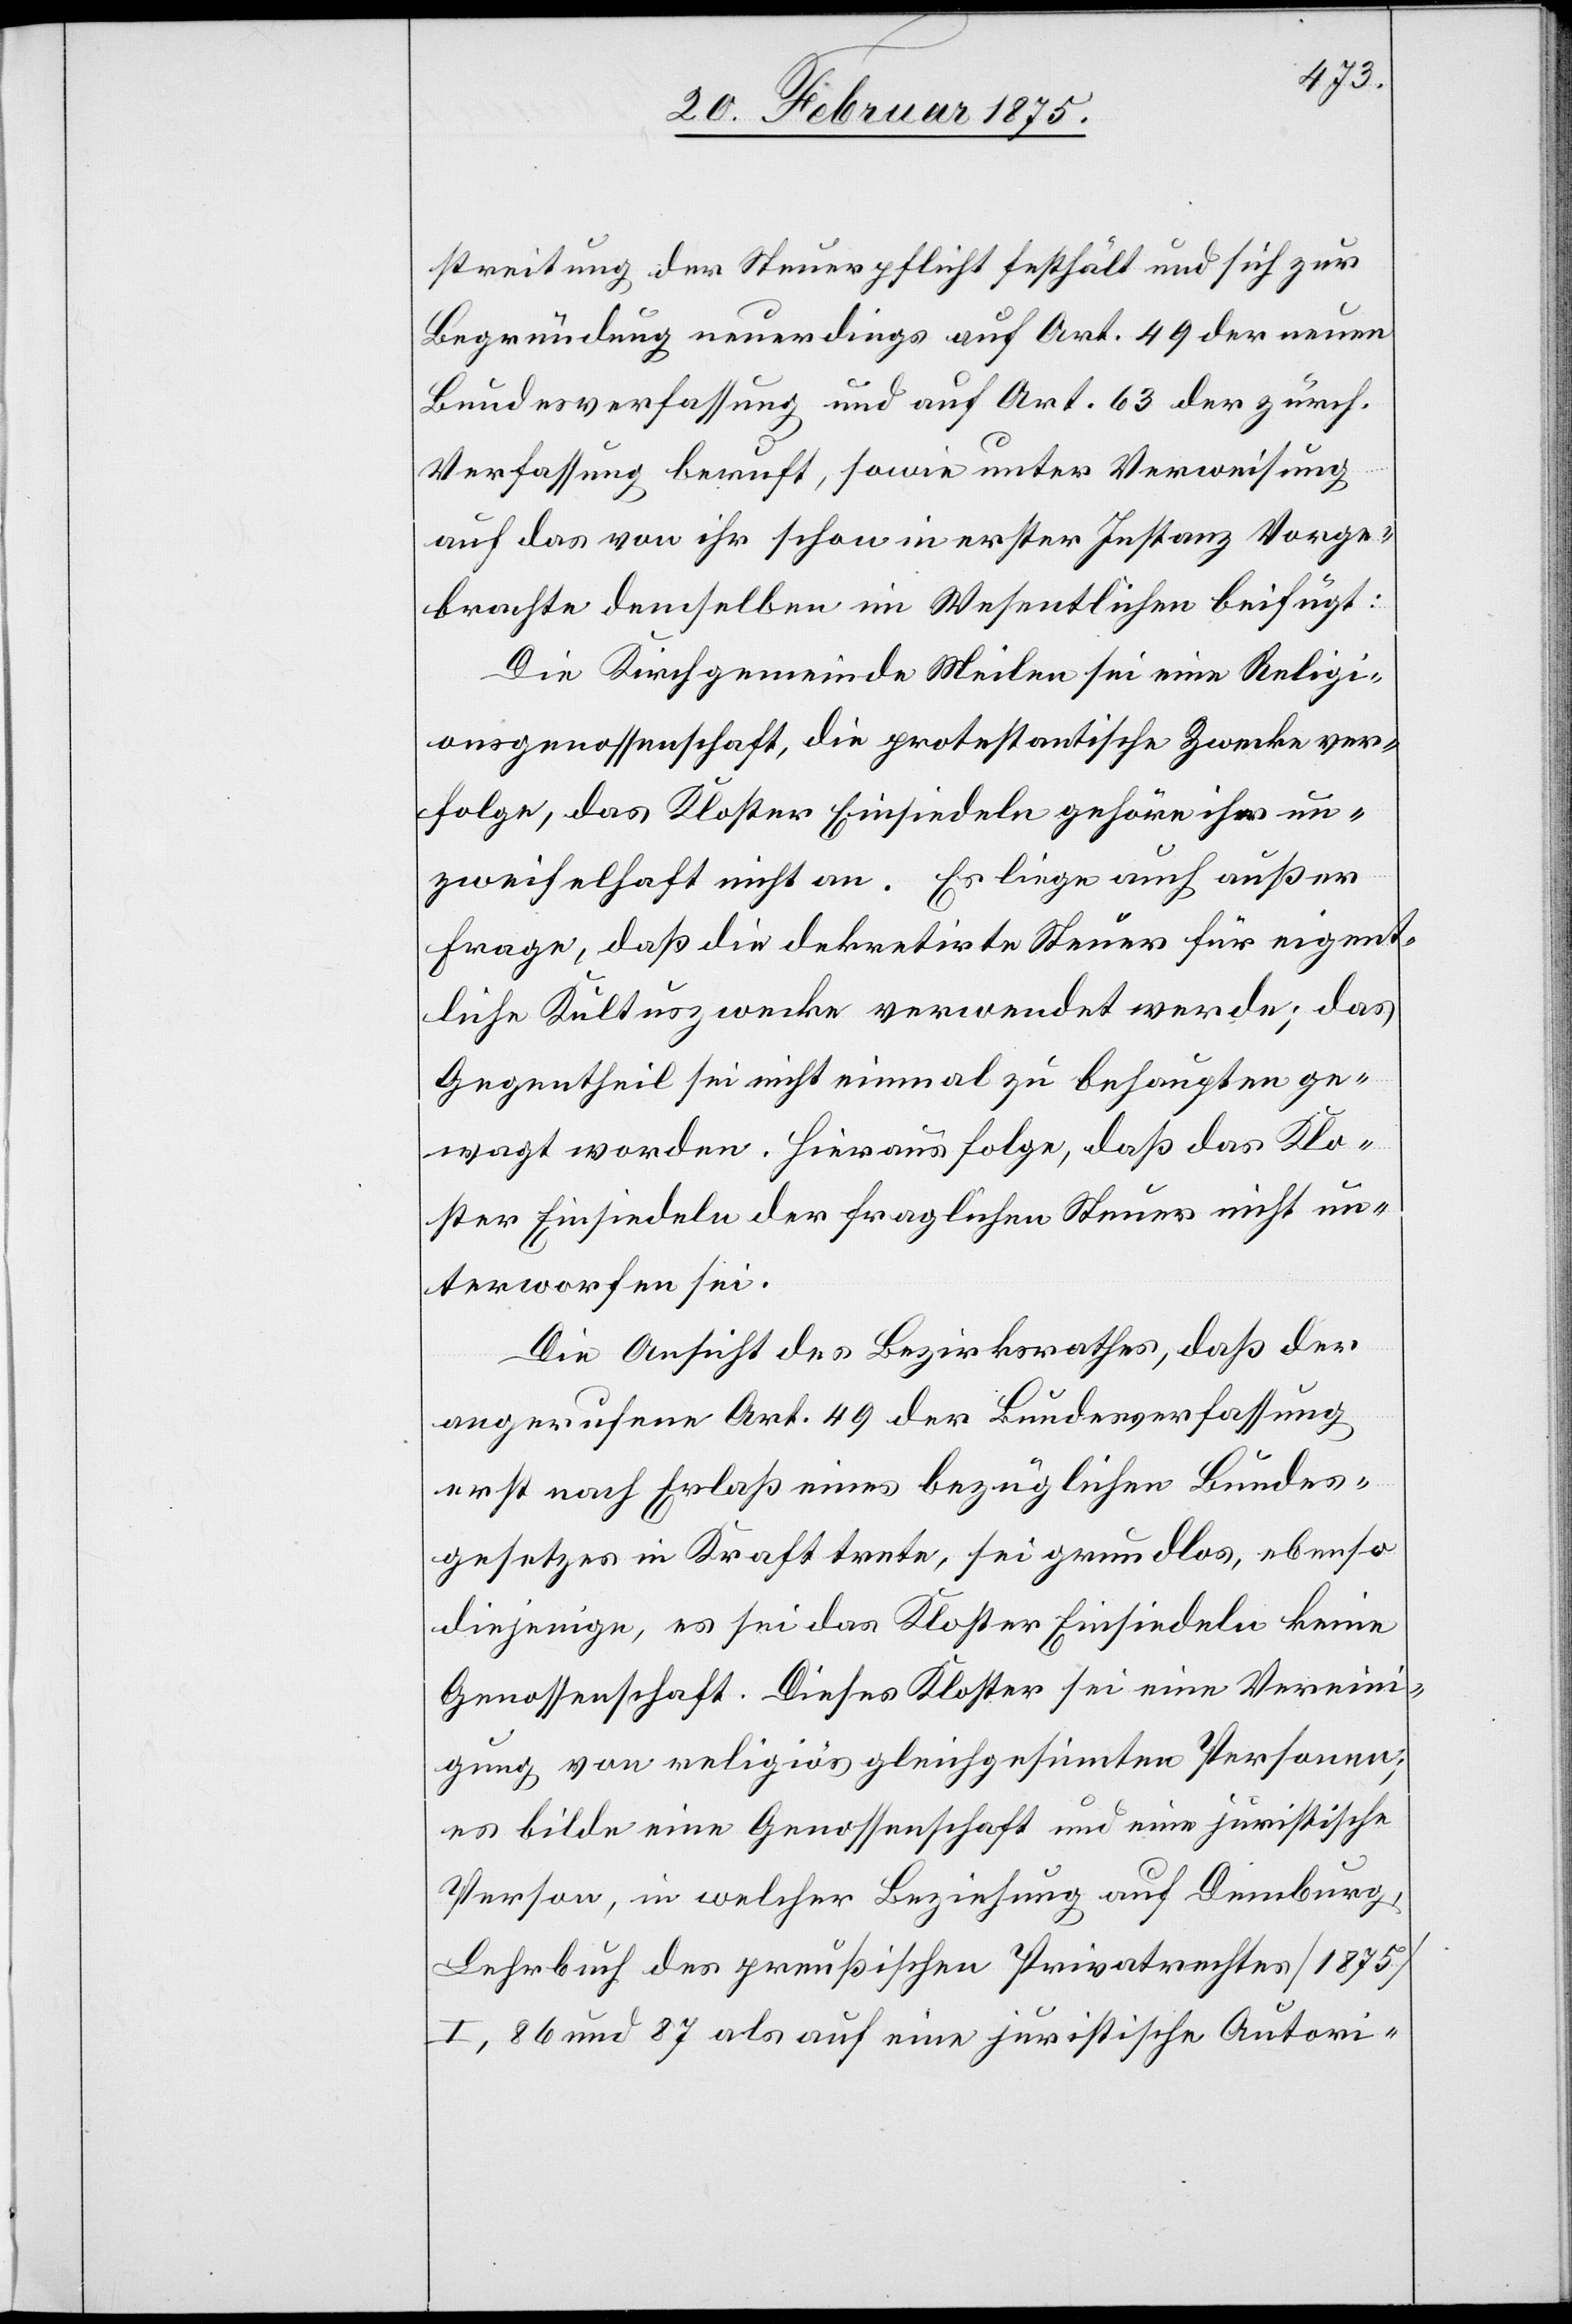
streitung der Steuerpflicht festhält und sich zur
Begründung neuerdings auf Art. 49 der neuen
Bundesverfassung und auf Art. 63 der zürch.
Verfassung beruht, sowie unter Verweisung
auf das von ihr schon in erster Instanz Vorge¬
brachte demselben im Wesentlichen beifügt:
Die Kirchgemeinde Meilen sei eine Religi¬
onsgenossenschaft, die protestantische Zwecke ver¬
folge, das Kloster Einsiedeln gehöre ihr un¬
zweifelhaft nicht an. Es liege auch außer
Frage, daß die dekretirte Steuer für eigent¬
liche Kultuszwecke verwendet werde; das
Gegentheil sei nicht einmal zu behaupten ge¬
wagt worden. Hieraus folge, daß das Klo¬
ster Einsiedeln der fraglichen Steuer nicht un¬
terworfen sei.
Die Ansicht des Bezirksrathes, daß der
angerufene Art. 49 der Bundesverfassung
erst nach Erlaß eines bezüglichen Bundes¬
gesetzes in Kraft trete, sei grundlos, ebenso
diejenige, es sei das Kloster Einsiedeln keine
Genossenschaft. Dieses Kloster sei eine Vereini¬
gung von religiös gleichgesinnten Personen;
es bilde eine Genossenschaft und eine juristische
Person, in welcher Beziehung auf Demburg,
Lehrbuch des preußischen Privatrechtes (1875)
I, 86 und 87 als auf eine juristische Autori-